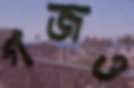
গজও